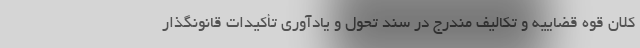
کلان قوه قضاییه و تکالیف مندرج در سند تحول و یادآوری تأکیدات قانونگذار